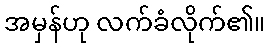
အမှန်ဟု လက်ခံလိုက်၏။